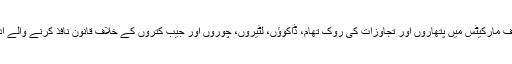
عتیق میر نے کہا کہ مختلف مارکیٹس میں پتھاروں اور تجاوزات کی روک تھام، ڈاکوؤں، لٹیروں، چوروں اور جیب کتروں کے خلاف قانون نافذ کرنے والے ادارے سخت نگرانی کریں۔